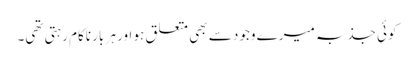
کوئی جذبہ میرے وجود سے بھی متعلق ہو اور ہر بار ناکام رہتی تھی۔